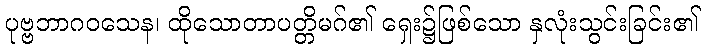
ပုဗ္ဗဘာဂဝသေန၊ ထိုသောတာပတ္တိမဂ်၏ ရှေး၌ဖြစ်သော နှလုံးသွင်းခြင်း၏